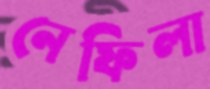
নেফিলা